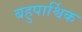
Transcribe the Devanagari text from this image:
बहुपार्श्विक